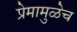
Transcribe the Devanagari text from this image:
प्रेमामुळेच